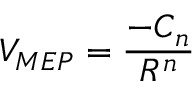
V _ { M E P } = \frac { - C { _ n } } { R ^ { n } }